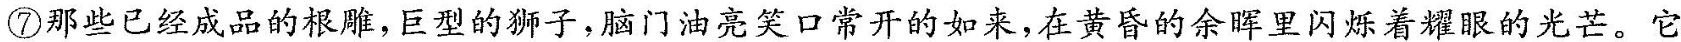
⑦那些已经成品的根雕，巨型的狮子，脑门油亮笑口常开的如来，在黄昏的余晖里闪烁着耀眼的光芒。它